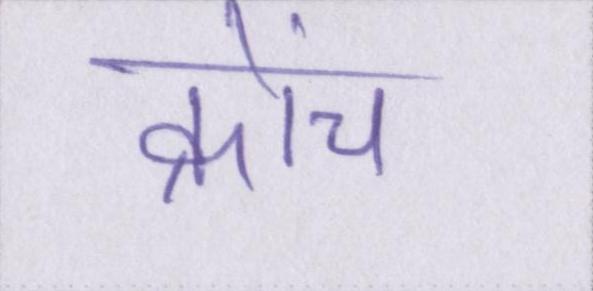
क्रोंच